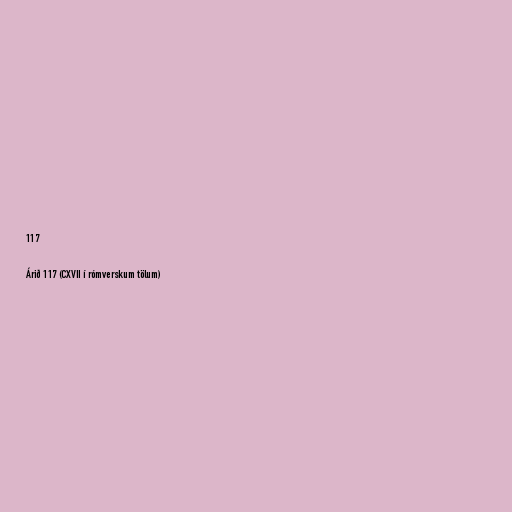
117

Árið 117 (CXVII í rómverskum tölum)